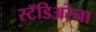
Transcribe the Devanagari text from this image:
स्टॅडिअरेना